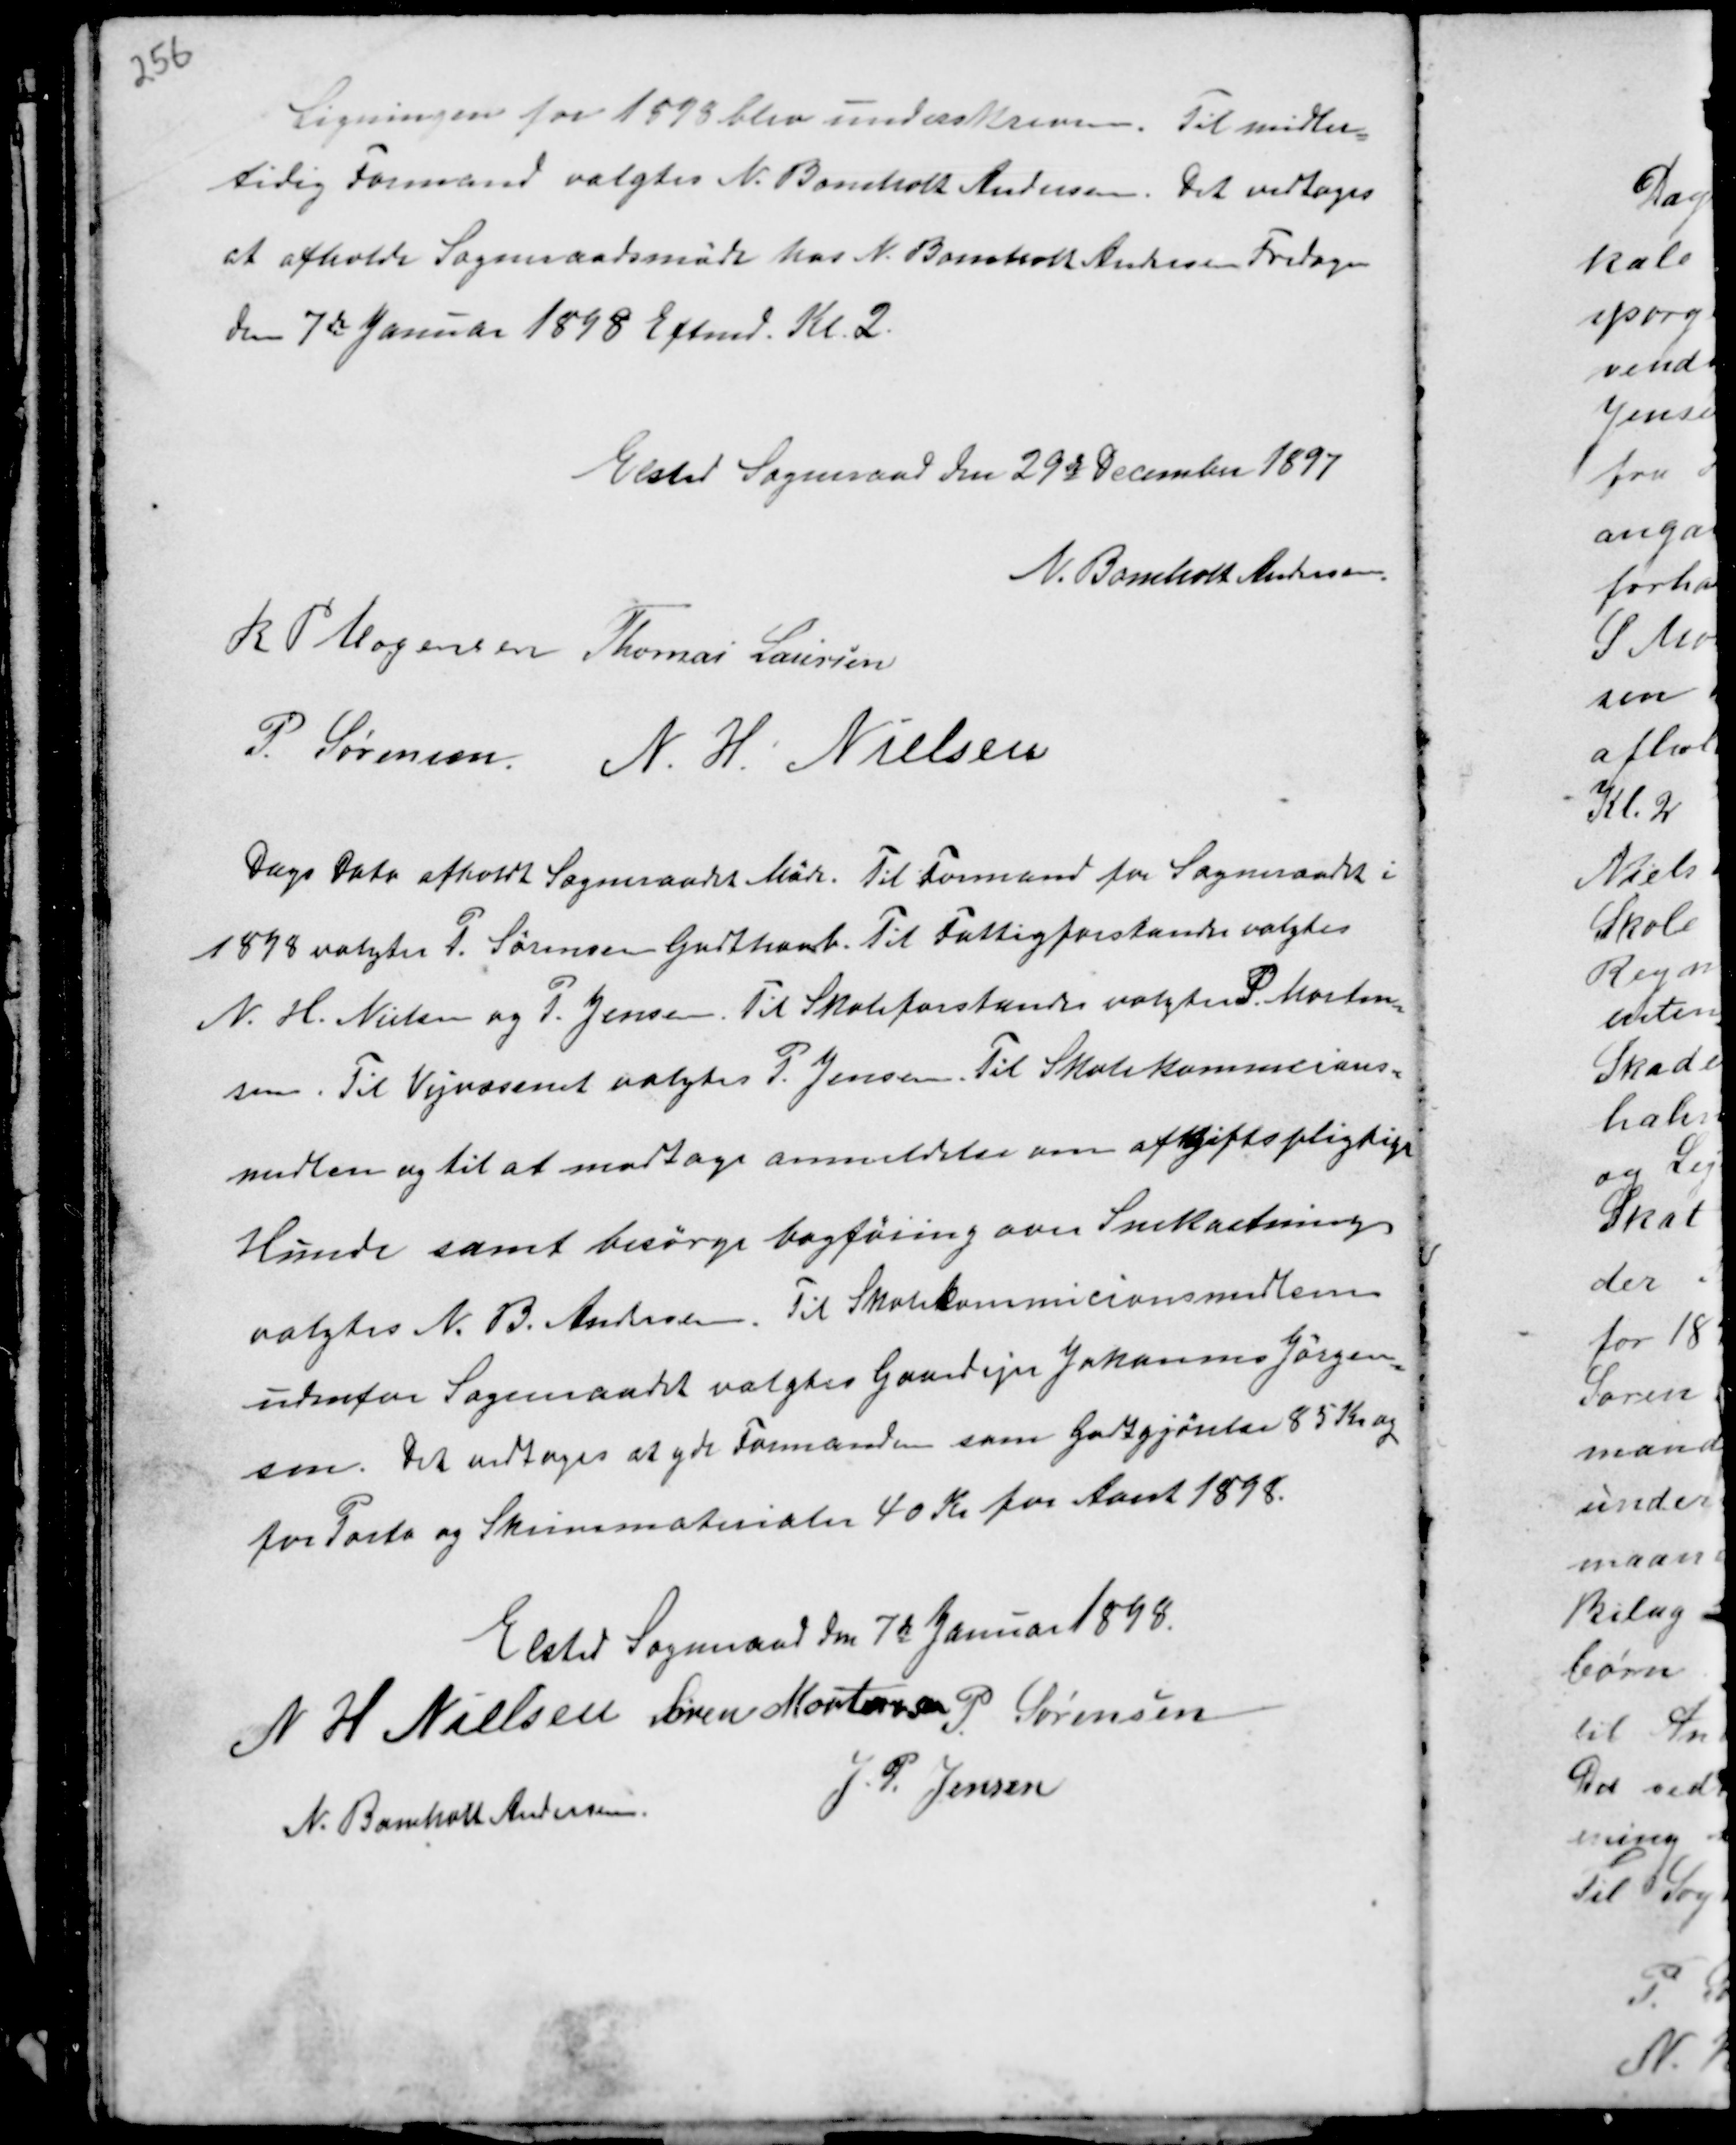
Transskription:
Ligningen for 1898 blev underskreven. Til midler-
tidig Formand valgtes N. Bomholt Andersen. Det vedtoges
at afholde Sogneraadsmøde hos N. Bomholt Andersen Fredagen
den 7de Januar 1898 Eftmd. Kl. 2.

Elsted Sogneraad den 29de December 1897
N. Bomholt Andersen
R P Mogensen Thomas Laursen
P. Sørensen N. H. Nielsen

Dags Dato afholdt Sogneraadet Møde. Til Formand for Sogneraadet i
1898 valgtes P. Sørensen Godthaab. Til Fattigforstander valgtes
N. H. Nielsen og P. Jensen. Til Skoleforstander valgtes P. Morten-
sen. Til Vejvæsenet valgtes P. Jensen. Til Skolekommicions-
medlem og til at modtage anmeldelse om afgiftspligtige
Hunde samt besørge bogføring over Snekastning
valgtes N. B. Andersen. Til Skolekommicionsmedlem
udenfor Sogneraadet valgtes Gaardejer Johannes Jørgen-
sen. Det vedtoges at yde Formanden som Godtgjørelse 85 Kr og
for Porto og Skrivematerialer 40 Kr for Aaret 1898.

Elsted Sogneraad den 7de Januar 1898.
N H Nielsen Søren Mortensen P. Sørensen
N. Bomholt Andersen
J. P. Jensen